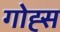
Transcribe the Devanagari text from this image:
गोह्स